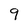
Character: 9